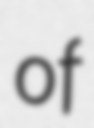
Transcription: of